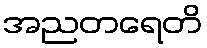
အညတရေတိ